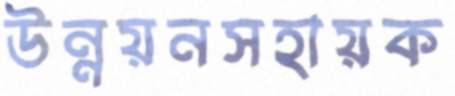
উন্নয়নসহায়ক